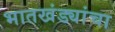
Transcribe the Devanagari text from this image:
भातखंड्यांचा